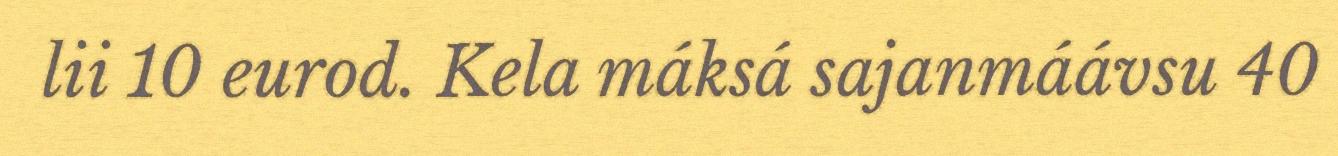
lii 10 eurod. Kela máksá sajanmáávsu 40